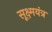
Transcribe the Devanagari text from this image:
सूक्ष्मयंत्र